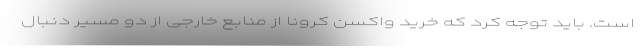
است. باید توجه کرد که خرید واکسن کرونا از منابع خارجی از دو مسیر دنبال